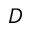
D